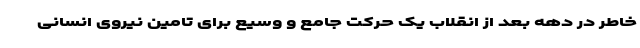
خاطر در دهه بعد از انقلاب یک حرکت جامع و وسیع برای تامین نیروی انسانی